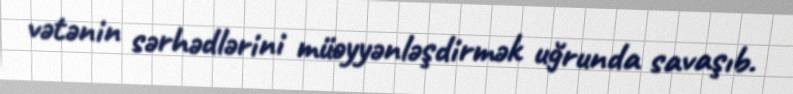
vətənin sərhədlərini müəyyənləşdirmək uğrunda savaşıb.